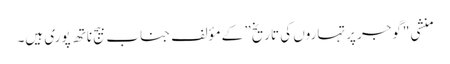
منشی "گوجر پرتہاروں کی تاریخ” کے مؤلف جناب بیج ناتھ پوری ہیں۔